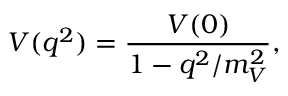
V ( q ^ { 2 } ) = { \frac { V ( 0 ) } { 1 - q ^ { 2 } / m _ { V } ^ { 2 } } } ,